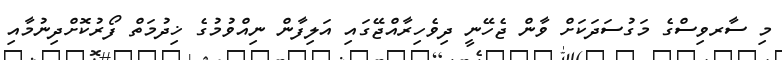
މި ސާރވިސްގެ މަގުސަދަކަށް ވާން ޖެހޭނީ ދިވެހިރާއްޖޭގައި އަލިފާން ނިއްވުމުގެ ޚިދުމަތް ފޯރުކޮށްދިނުމާއި